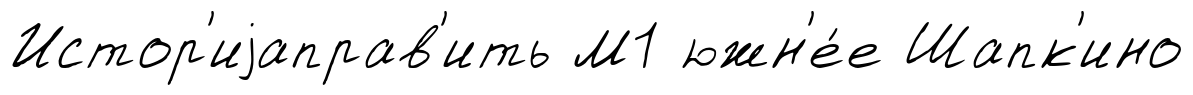
Истор'иjаправ'ить М1 южн'е́е Шапк'ино